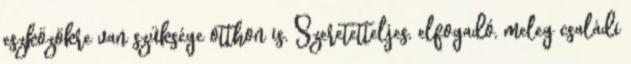
eszközökre van szüksége otthon is. Szeretetteljes, elfogadó, meleg családi